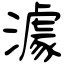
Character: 澽